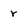
Character: r